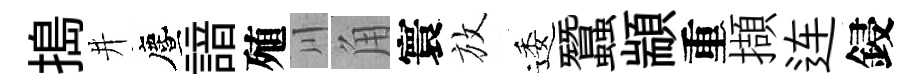
搗井󵨌諳殖川角寰放逶蠶顓重擷连鋟